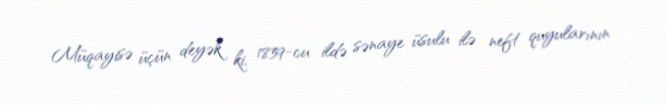
Müqayisə üçün deyək ki, 1859-cu ildə sənaye üsulu ilə neft quyularının